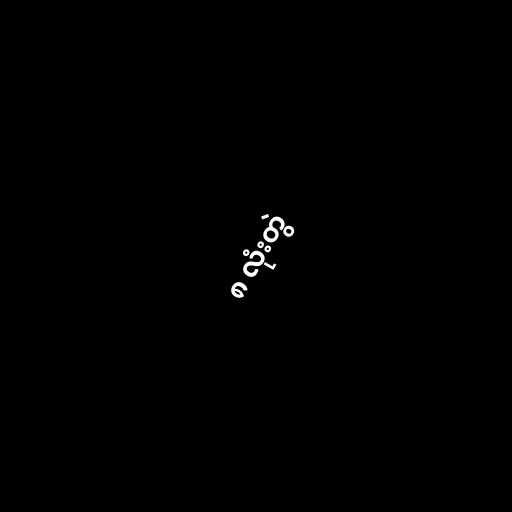
၈ လုံးတွဲ